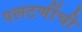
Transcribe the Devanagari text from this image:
पलटणींची